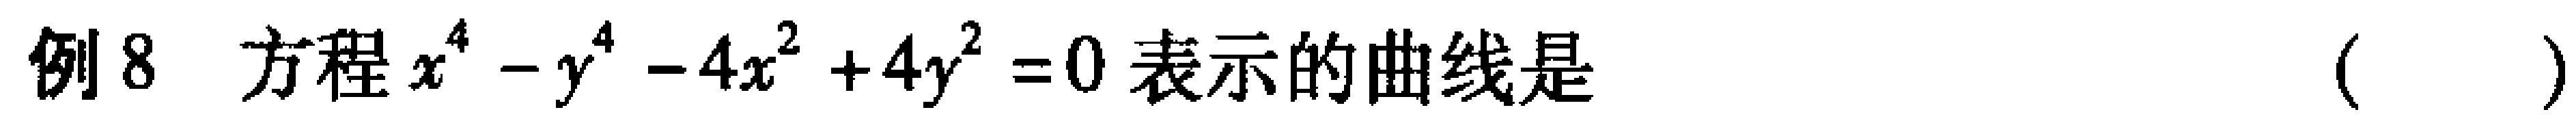
例8 方程$x^{4}-y^{4}-4x^{2}+4y^{2}=0$表示的曲线是（  ）